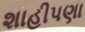
શાહીપણા